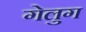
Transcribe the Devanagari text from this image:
गेलुग